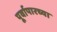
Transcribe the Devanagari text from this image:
पूर्वापारच्या